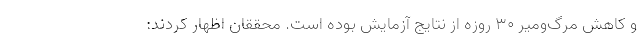
و کاهش مرگ‌ومیر ۳۰ روزه از نتایج آزمایش بوده است. محققان اظهار کردند: